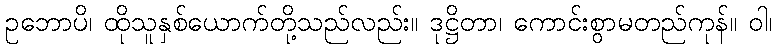
ဥဘောပိ၊ ထိုသူနှစ်ယောက်တို့သည်လည်း။ ဒုဋ္ဌိတာ၊ ကောင်းစွာမတည်ကုန်။ ဝါ၊